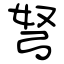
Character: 弩